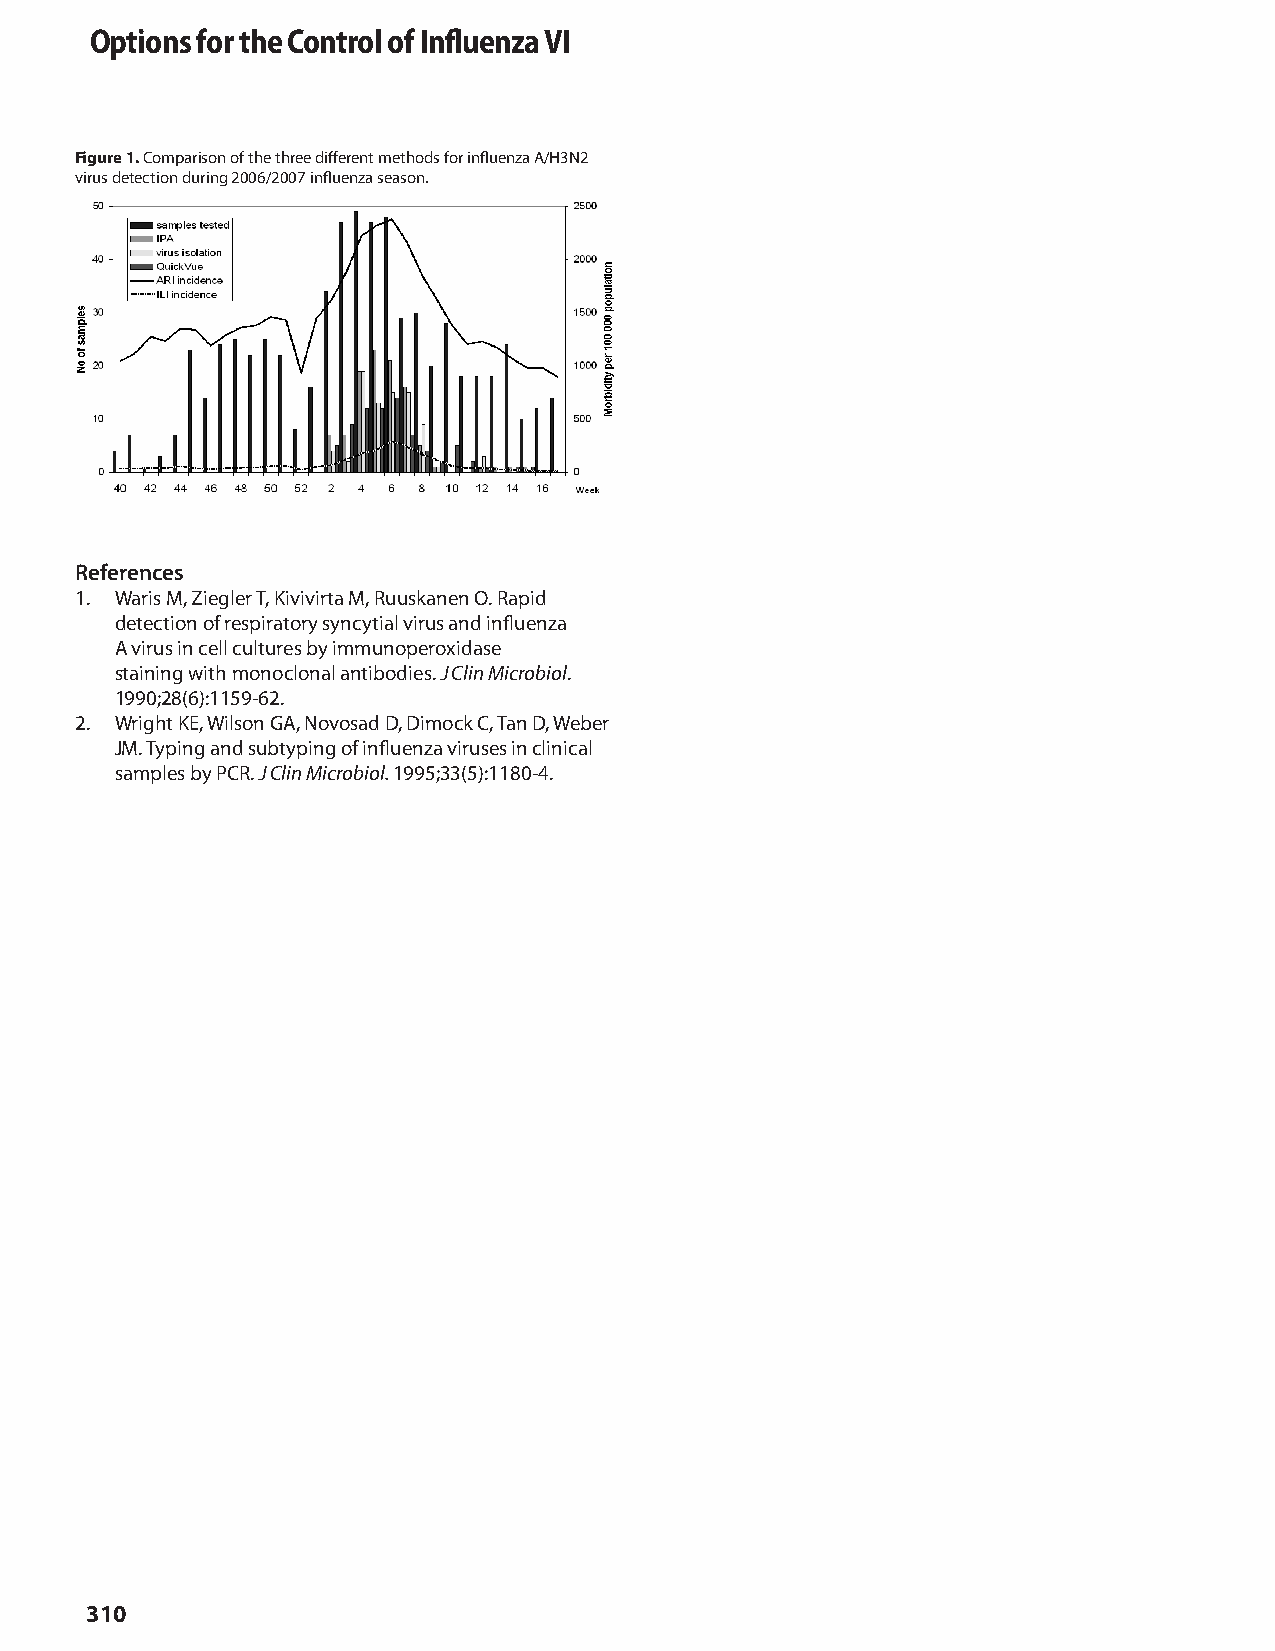
identification and ongoing monitoring of influenza viruses and annual epidemics. The rapid
 detection of influenza virus is important for effective anti-viral therapy, prescription of
 antibiOoticps, texicolusnions o ff oinfrlu etnhza-elik eC paothnogtenrs oanld eoarfly Iinnstifltutuione onf mzeaasu rVes Ito limit the
 spread of infection, particularly in nursing homes, hospitals etc. Furthermore, after the SARS
 epidemic, rapid diagnosis is more important than ever before. On the other hand, IPA
 providing results within a reasonable interval is a very sensitive tool for the diagnosis of
 influenza virus, comparable in sensitivity to “in house” RT - PCR SYBER Green Applied
 Biosystem based on primers designed by Wright (2.) Combination of the rapid tests with the
 conventional methods proved highly effective in practice but has the disadvantage of being
 costly, and posing limitations to the use directly in the general practice.
 Figure 1. Comparison of the three different methods for influenza A/H3N2
 virus detection during 2006/2007 influenza season.
 1. Waris M, Ziegler T, Kivivirta M, Ruuskanen O. Rapid detection of respiratory syncytial
 virus and influenza A virus in cell cultures by immunoperoxidase staining with monoclonal
 References
 antibodies. J Clin Microbiol. 1990;28(6):1159-62.
 1. Waris M, Ziegler T, Kivivirta M, Ruuskanen O. Rapid
 2.Wright KE, Wilson GA, Novosad D, Dimock C, Tan D, Weber JM.
 Typ ing andde sutebtcytpiiongn o fo ifn frleuesnpzair vaitruosresy i ns yclnincicyatl isaalm vpilreus bsy a PnCdR .i Jn Cflluine Mnizcrao b iol.
 199 5;33(5A): 1v1i8r0u-4s. in cell cultures by immunoperoxidase
 staining with monoclonal antibodies. J Clin Microbiol.
 1990;28(6):1159-62.
 2. Wright KE, Wilson GA, Novosad D, Dimock C, Tan D, Weber
 JM. Typing and subtyping of influenza viruses in clinical
 samples by PCR. J Clin Microbiol. 1995;33(5):1180-4.
 310